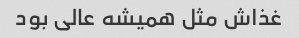
غذاش مثل همیشه عالی بود